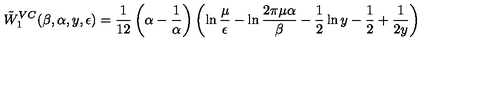
\tilde { W } _ { 1 } ^ { V C } ( \beta , \alpha , y , \epsilon ) = { \frac { 1 } { 1 2 } } \left( \alpha - { \frac { 1 } { \alpha } } \right) \left( \ln { \frac { \mu } { \epsilon } } - \ln { \frac { 2 \pi \mu \alpha } { \beta } } - \frac 1 2 \ln y - \frac 1 2 + { \frac { 1 } { 2 y } } \right)